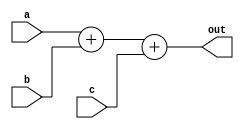
module adder_3in_FP(
 input 	signed  [17:0] a,b,c,
 output signed 	[17:0] out
 );

assign out=a+b+c;
endmodule